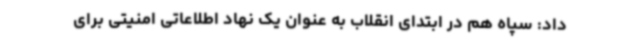
داد: سپاه هم در ابتدای انقلاب به عنوان یک نهاد اطلاعاتی امنیتی برای